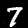
Digit: 7